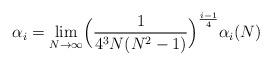
LaTeX: \begin{align*}\alpha_i= \lim_{N\rightarrow \infty} \Bigl(\frac{1}{4^3 N (N^2-1)} \Bigr)^{\frac{i-1}{4}} \alpha_i(N)\end{align*}